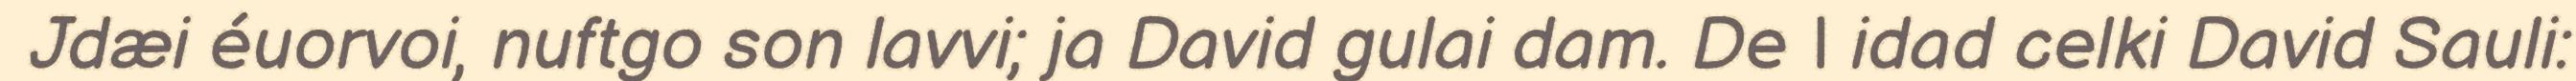
Jdæi éuorvoi, nuftgo son lavvi; ja David gulai dam. De | idad celki David Sauli: